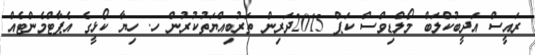
ރައީސް އަދީބުކްލަބް މޯލްޑިވްސް ކަޕް 2015ދަރިން ތަރުބިއްޔަތުކުރުން ހ. ހިޔާ ކޯޅީގެ އެޕާޓްމެންޓެއް